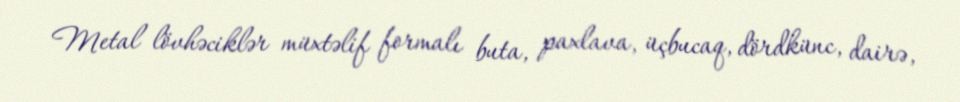
Metal lövhəciklər müxtəlif formalı buta, paxlava, üçbucaq, dördkünc, dairə,